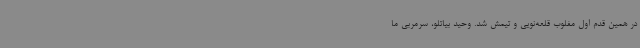
در همین قدم اول مغلوب قلعه‌نویی و تیمش شد. وحید بیاتلو، سرمربی ما